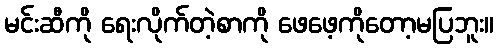
မင်းဆီကို ရေးလိုက်တဲ့စာကို ဖေဖေ့ကိုတော့မပြဘူး။